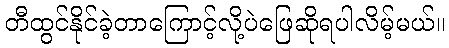
တီထွင်နိုင်ခဲ့တာကြောင့်လို့ပဲဖြေဆိုရပါလိမ့်မယ်။